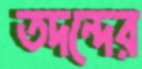
তদন্দের